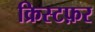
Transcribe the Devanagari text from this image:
क्रिस्टफ़र